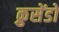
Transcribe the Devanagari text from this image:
क्रुसेंडों